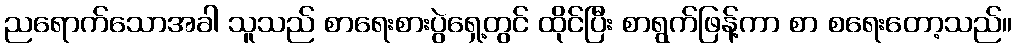
ညရောက်သောအခါ သူသည် စာရေးစားပွဲရှေ့တွင် ထိုင်ပြီး စာရွက်ဖြန့်ကာ စာ စရေးတော့သည်။